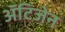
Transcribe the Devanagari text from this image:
ॲंटिजेन